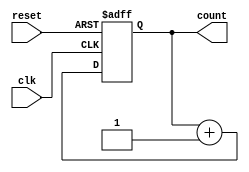
module async_counter #(
    parameter WIDTH = 4 // Define the bit width of the counter (e.g., 4 bits)
)(
    input wire clk,          // Clock input
    input wire reset,        // Asynchronous reset input
    output reg [WIDTH-1:0] count // Current count output
);

// Always block for counting and reset
always @(posedge clk or posedge reset) begin
    if (reset) begin
        count <= 0; // Asynchronous reset to zero
    end else begin
        count <= count + 1; // Increment count on clock rising edge
    end
end

endmodule